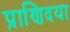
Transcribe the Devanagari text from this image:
प्राणिदया